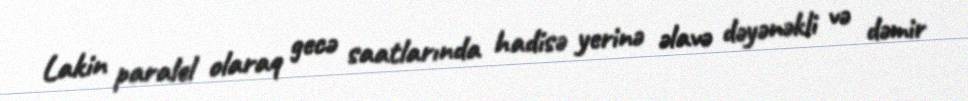
Lakin paralel olaraq gecə saatlarında hadisə yerinə əlavə dəyənəkli və dəmir